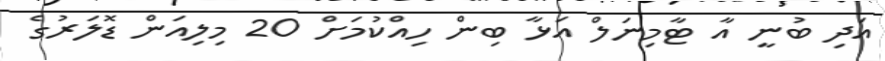
އަދި ބުނީ އާ ޓާމިނަލް އަޅާ ބިން ހިއްކުމަށް 20 މިލިއަން ޑޮލަރުގެ